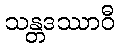
သန္တဒဿာဝီ